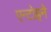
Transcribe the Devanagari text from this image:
एन्टोइने